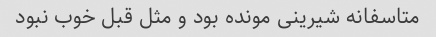
متاسفانه شیرینی مونده بود و مثل قبل خوب نبود